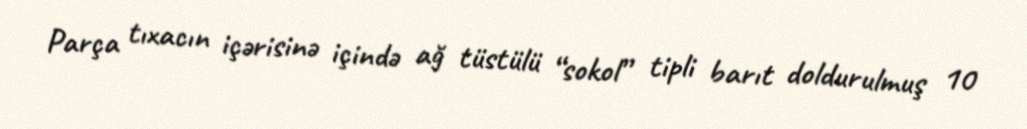
Parça tıxacın içərisinə içində ağ tüstülü “sokol” tipli barıt doldurulmuş 10